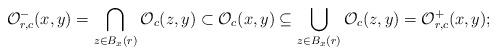
LaTeX: \begin{align*}{\mathcal O}^-_{r,c}(x,y)=\bigcap_{z\in B_x(r)} {\mathcal O}_{c}(z,y) \subset{\mathcal O}_{c}(x,y)\subseteq \bigcup_{z\in B_x(r)} {\mathcal O}_{c}(z,y)={\mathcal O}^+_{r,c}(x,y);\end{align*}